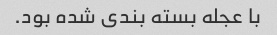
با عجله بسته بندی شده بود.